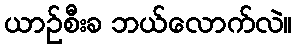
ယာဉ်စီးခ ဘယ်လောက်လဲ။